Annual statistical returns and brief notes on vaccination in Bengal - 1909-1929
Year: 1909
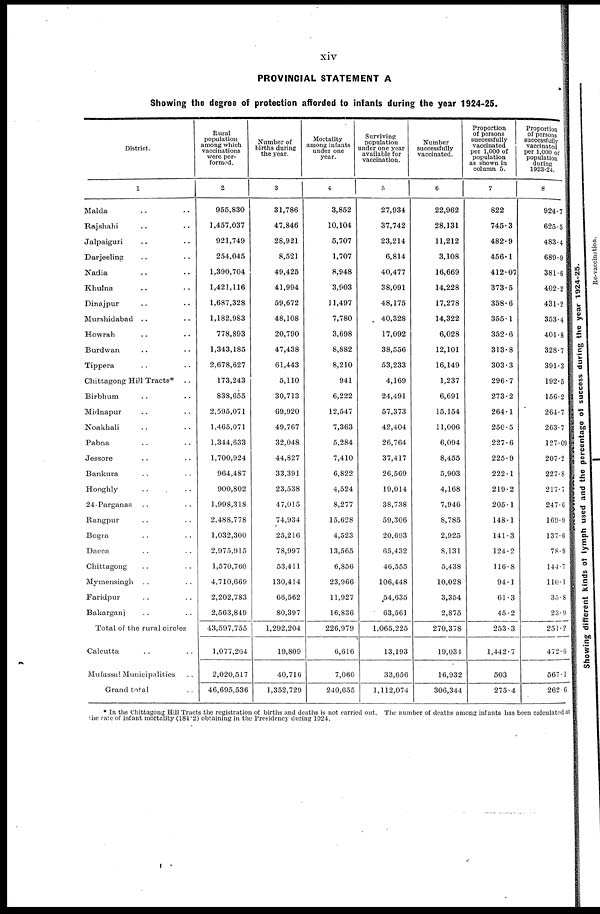
xiv
PROVINCIAL STATEMENT A
Showing the degree of protection afforded to infants during the year 1924-25.
District.
1
Malda .. ..
Rajshahi .. ..
Jalpaiguri .. ..
Darjeeling .. ..
Nadia .. ..
Khulna .. ..
Dinajpur .. ..
Murshidabad .. ..
Howrah .. ..
Burdwan .. ..
Tippera .. ..
Chittagong Hill Tracts*
..
Birbhum .. ..
Midnapur .. ..
Noakhali .. ..
Pabna .. ..
Jessore .. ..
Bankura .. ..
Hooghly .. ..
24-Parganas .. ..
Rangpur .. ..
Bogra .. ..
Dacca .. ..
Chittagong .. ..
Mymensingh .. ..
Faridpur .. ..
Bakarganj .. ..
Total of the rural circles
Calcutta .. ..
Mufassal Municipalities ..
Grand total ..
Rural
population
among which
vaccinations
were per-
formed.
2
955,830
1,457,037
921,749
254,045
1,390,704
1,421,116
1,687,328
1,182,983
778,893
1,343,185
2,678,627
173,243
838,655
2,595,071
1,465,071
1,344,633
1,700,924
964,487
900,802
1,998,318
2,488,778
1,032,300
2,975,915
1,570,760
4,710,669
2,202,783
2,563,849
43,597,755
1,077,264
2,020,517
46,695,536
Number of
births during
the year.
3
31,786
47,846
28,921
8,521
49,425
41,994
59,672
48,108
20,790
47,438
61,443
5,110
30,713
69,920
49,767
32,048
44,827
33,391
23,538
47,015
74,934
25,216
78,997
53,411
130,414
66,562
80,397
1,292,204
19,809
40,716
1,352,729
Mortality
among infants
under one
year.
4
3,852
10,104
5,707
1,707
8,948
3,903
11,497
7,780
3,698
8,882
8,210
941
6,222
12,547
7,363
5,284
7,410
6,822
4,524
8,277
15,628
4,523
13,565
6,856
23,966
11,927
16,836
226,979
6,616
7,060
240,655
Surviving
population
under one year
available for
vaccination.
5
27,934
37,742
23,214
6,814
40,477
38,091
48,175
40,328
17,092
38,556
53,233
4,169
24,491
57,373
42,404
26,764
37,417
26,569
19,014
38,738
59,306
20,693
65,432
46,555
106,448
54,635
63,561
1,065,225
13,193
33,656
1,112,074
Number
successfully
vaccinated.
6
22,962
28,131
11,212
3,108
16,669
14,228
17,278
14,322
6,028
12,101
16,149
1,237
6,691
15,154
11,006
6,094
8,455
5,903
4,168
7,946
8,785
2,925
8,131
5,438
10,028
3,354
2,875
270,378
19,034
16,932
306,344
Proportion
of persons
successfully
vaccinated
per 1,000 of
population
as shown in
column 5.
7
822
745.3
482.9
456.1
412.07
373.5
358.6
355.1
352.6
313.8
303.3
296.7
273.2
264.1
250.5
227.6
225.9
222.1
219.2
205.1
148.1
141.3
124.2
116.8
94.1
61.3
45.2
253.3
1,442.7
503
275.4
Proportion
of persons
successfully
vaccinated
per 1,000 of
population
during
1923-24.
8
924.7
625.5
483.4
689.9
381.6
402.2
431.2
353.4
401.8
328.7
391.3
192.5
156.2
264.7
263.7
127.09
207.2
227.8
217.7
247.6
169.9
137.6
78.9
144.7
110.1
35.8
23.9
251.2
472.6
567.1
262.6
* In the Chittagong Hill Tracts the registration of births and deaths is not carried out. The number of deaths among infants has been calculated at
the rate of infant mortality (184.2) obtaining in the Presidency during 1924.